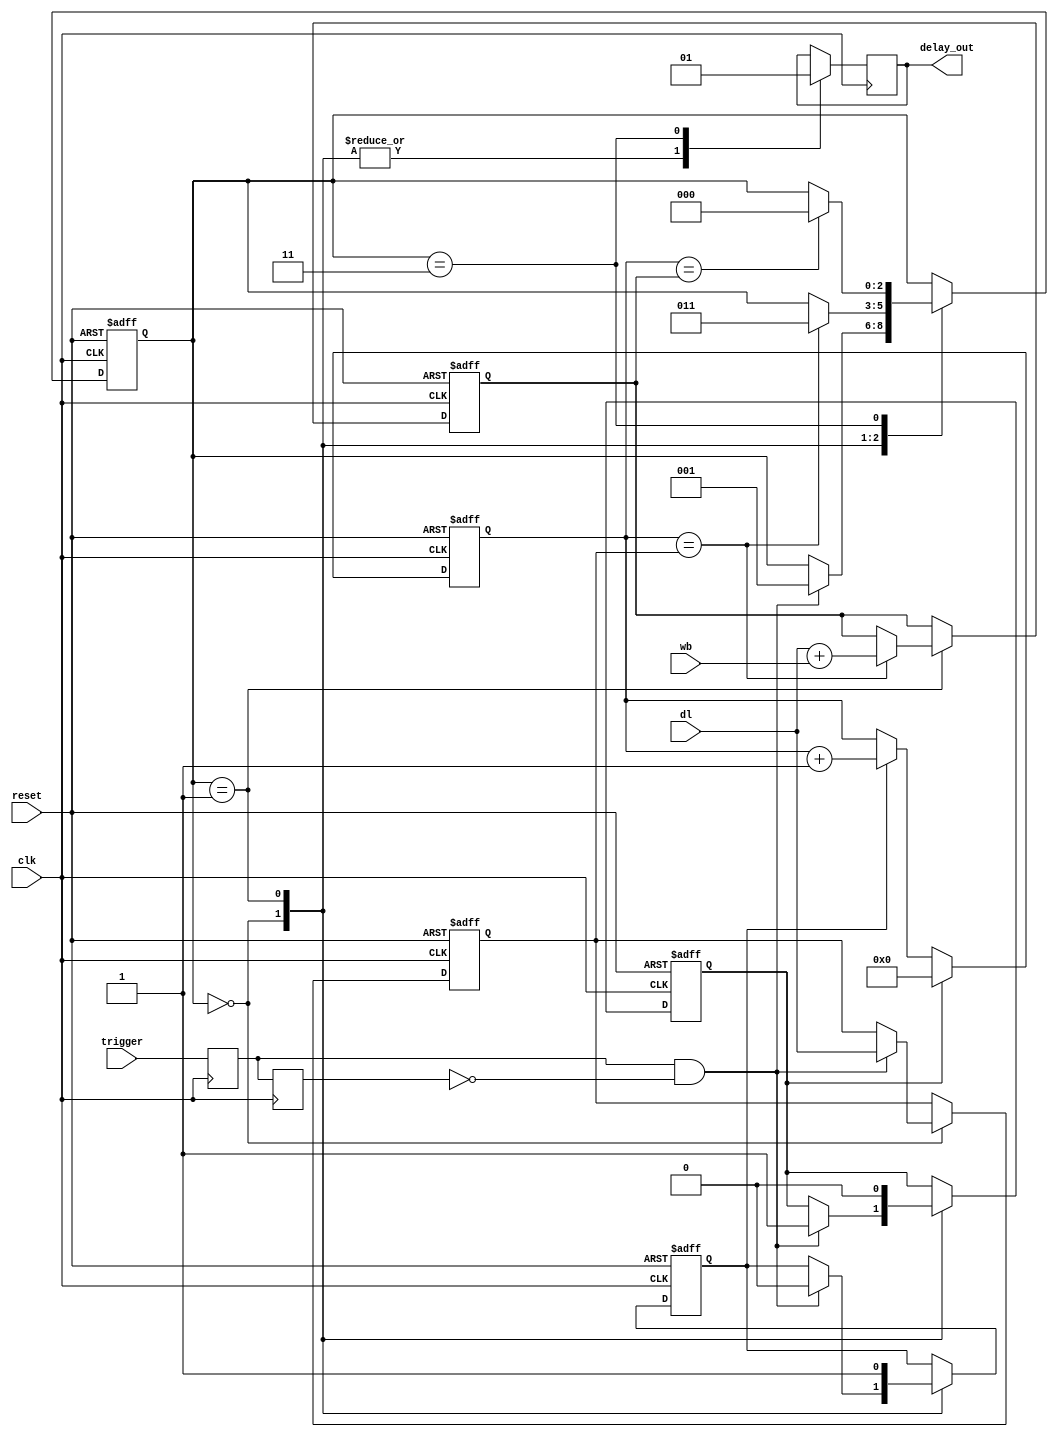
/*
* https://web.eecs.umich.edu/~prabal/teaching/eecs373-f10/labs/lab5/index.html
*/

module pdl  
#(
          parameter N = 32,
          parameter OUT_NUM = 8 
)   
(   
 
      input [N-1:0] wb, // pulse width, unit 10ns
      input [N-1:0] dl, // delay , unit 10ns
      input clk, // clock input 100Mhz, jitter is 10ns
      input reset, // timer reset  
      input trigger, // trigger input
      output reg delay_out // delay output
);

 reg [2:0] fsm_clk;

 reg [N-1:0] DL ;  
 reg [N-1:0] TH;  
 reg [N-1:0] counter=0;  

 reg trigger_sync_1=0,trigger_sync_2=0;  
 reg timer_delay_enable = 0, timer_width_enable;
 wire trigger_rising,trigger_falling;  
 
 reg reset_det1=0,reset_det2=0; 
 reg TimerEn = 0;
 reg LoadEnReg = 0;

always @(posedge clk)  
 begin  
           trigger_sync_1 <= trigger;           // the first Flip-Flop  
           trigger_sync_2 <= trigger_sync_1;    // the second Flip-Flop  

           reset_det1 <= reset;  
           reset_det2 <= reset_det1;

 end 

 // Identify the zero to one transitions on trigger signal  
 assign trigger_rising = trigger_sync_1 & (~trigger_sync_2);   
 assign trigger_falling = trigger_sync_2 & (~trigger_sync_1);   

always @(posedge clk or negedge reset)

if ( ~reset ) begin  
    counter <= 32'h00000000;
 end
else
 begin
     begin
         if(LoadEnReg == 1'b1)
         begin
             counter <= 32'h00000000;
         end
     else if (TimerEn == 1'b1)
     begin
         counter <= counter + 1;
     end
 end
end

always @( posedge clk)
 begin
     case(fsm_clk)
         2'b00: delay_out = 0; 
         2'b01: delay_out = 0;
         2'b11: delay_out = 1;
    endcase
 end

 
 always@(posedge clk or negedge reset)
 if (~ reset)
 begin
     fsm_clk <= 2'b00;
     TH <= 32'h00000000;
     DL <= 32'h00000000;
     LoadEnReg <= 1'b1;
     TimerEn <= 1'b0;
 end
 else
 begin
     case (fsm_clk)
         2'b00: begin
             if ( trigger_rising == 1 ) 
             begin
                LoadEnReg <= 1'b1;
                TimerEn <= 1'b0;
                DL = dl;
                fsm_clk <= 2'b01;
            end
         end

         2'b01: begin
             LoadEnReg <= 1'b0;
             TimerEn <= 1'b1;

             if ( counter == DL )
             begin
                TH = dl + wb;
                fsm_clk <= 2'b11;
            end
         end

         2'b11: begin
             if ( counter == TH )
             begin
                 fsm_clk <= 2'b00;
             end
         end
    endcase
end

endmodule